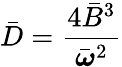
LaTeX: {\bar{D}}={\frac{4{\bar{B}}^{3}}{{\bar{\boldsymbol{\omega}}}^{2}}}